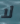
لا